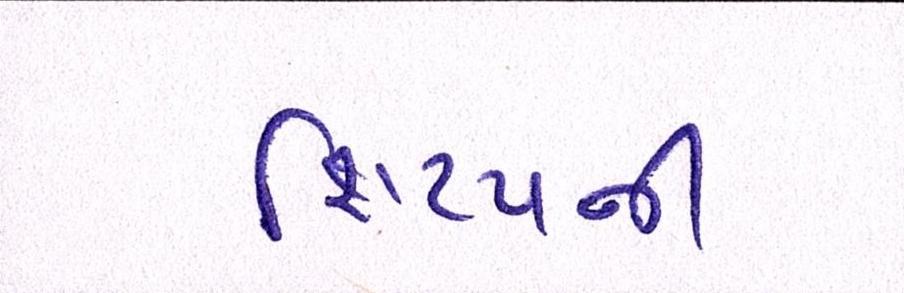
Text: શિષ્યની